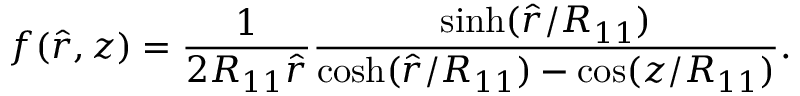
f ( \hat { r } , z ) = \frac { 1 } { 2 R _ { 1 1 } \hat { r } } \frac { \sinh ( \hat { r } / R _ { 1 1 } ) } { \cosh ( \hat { r } / R _ { 1 1 } ) - \cos ( z / R _ { 1 1 } ) } .